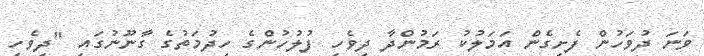
ވަނަ ދުވަހުން ފެށިގެން އަމަލުކު ރަމުންދާ ދިވެހި ފުލުހުންގެ ހިދުމަތުގެ ގާނޫނުގައި "ދިވެހި